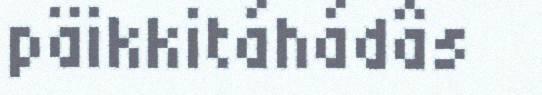
päikkitáhádâs